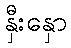
နှီးနှော